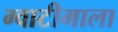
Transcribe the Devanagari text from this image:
ग्वाटीमाला